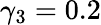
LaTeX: \gamma_{3}=0.2